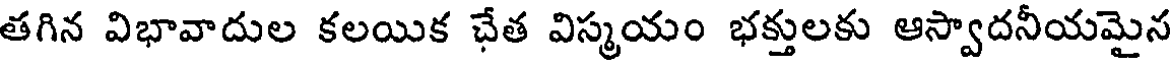
తగిన విభావాదుల కలయిక చేత విస్మయం భక్తులకు ఆస్వాదనీయమైన